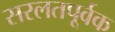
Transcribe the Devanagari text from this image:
सरलतपूर्वक